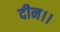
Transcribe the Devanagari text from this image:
दीन।।